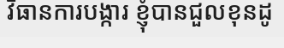
វិធានការបង្ការ ខ្ញុំបានជួលខុនដូ